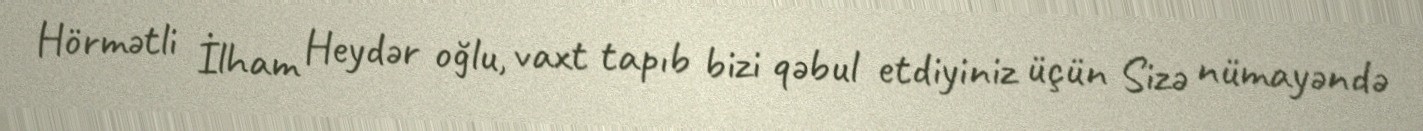
Hörmətli İlham Heydər oğlu, vaxt tapıb bizi qəbul etdiyiniz üçün Sizə nümayəndə